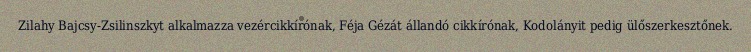
Zilahy Bajcsy-Zsilinszkyt alkalmazza vezércikkírónak, Féja Gézát állandó cikkírónak, Kodolányit pedig ülőszerkesztőnek.